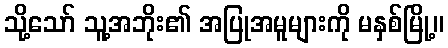
သို့သော် သူ့အဘိုး၏ အပြုအမူများကို မနှစ်မြို့။